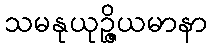
သမနုယုဉ္ဇိယမာနာ